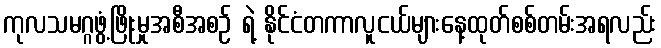
ကုလသမဂ္ဂဖွံ့ဖြိုးမှုအစီအစဉ် ရဲ့ နိုင်ငံတကာလူငယ်များနေ့ထုတ်စစ်တမ်းအရလည်း